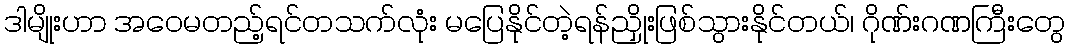
ဒါမျိုးဟာ အဝေမတည့်ရင်တသက်လုံး မပြေနိုင်တဲ့ရန်ညှိုးဖြစ်သွားနိုင်တယ်၊ ဂိုဏ်းဂဏကြီးတွေ